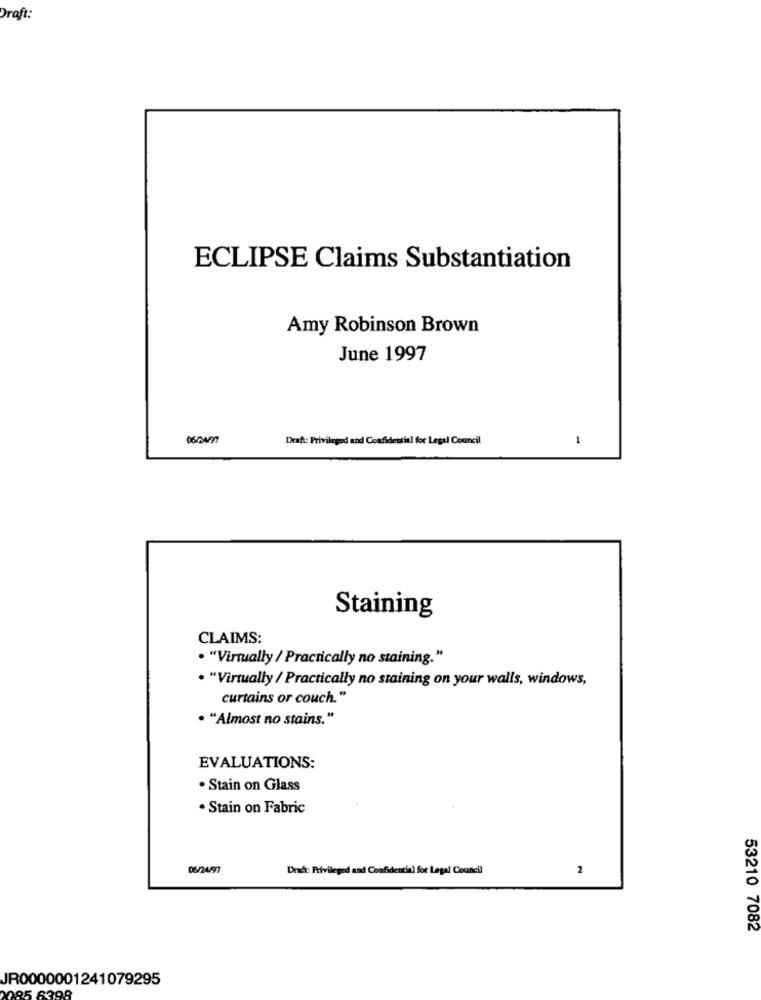
Draft:
ECLIPSE Claims Substantiation
Amy Robinson Brown
June 1997
06/24/97
Draft: Privileged and Confidential for Legal Council
1
Staining
CLAIMS:
· "Virtually / Practically no staining."
. "Virtually / Practically no staining on your walls, windows,
curtains or couch."
· "Almost no stains."
EVALUATIONS:
. Stain on Glass
· Stain on Fabric
06/24/97
Draft: Privileged and Confidential for Legal Council
2
53210 7082
JR0000001241079295
85 6398